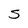
Character: S